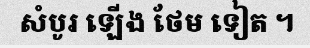
សំបូរ ឡើង ថែម ទៀត ។